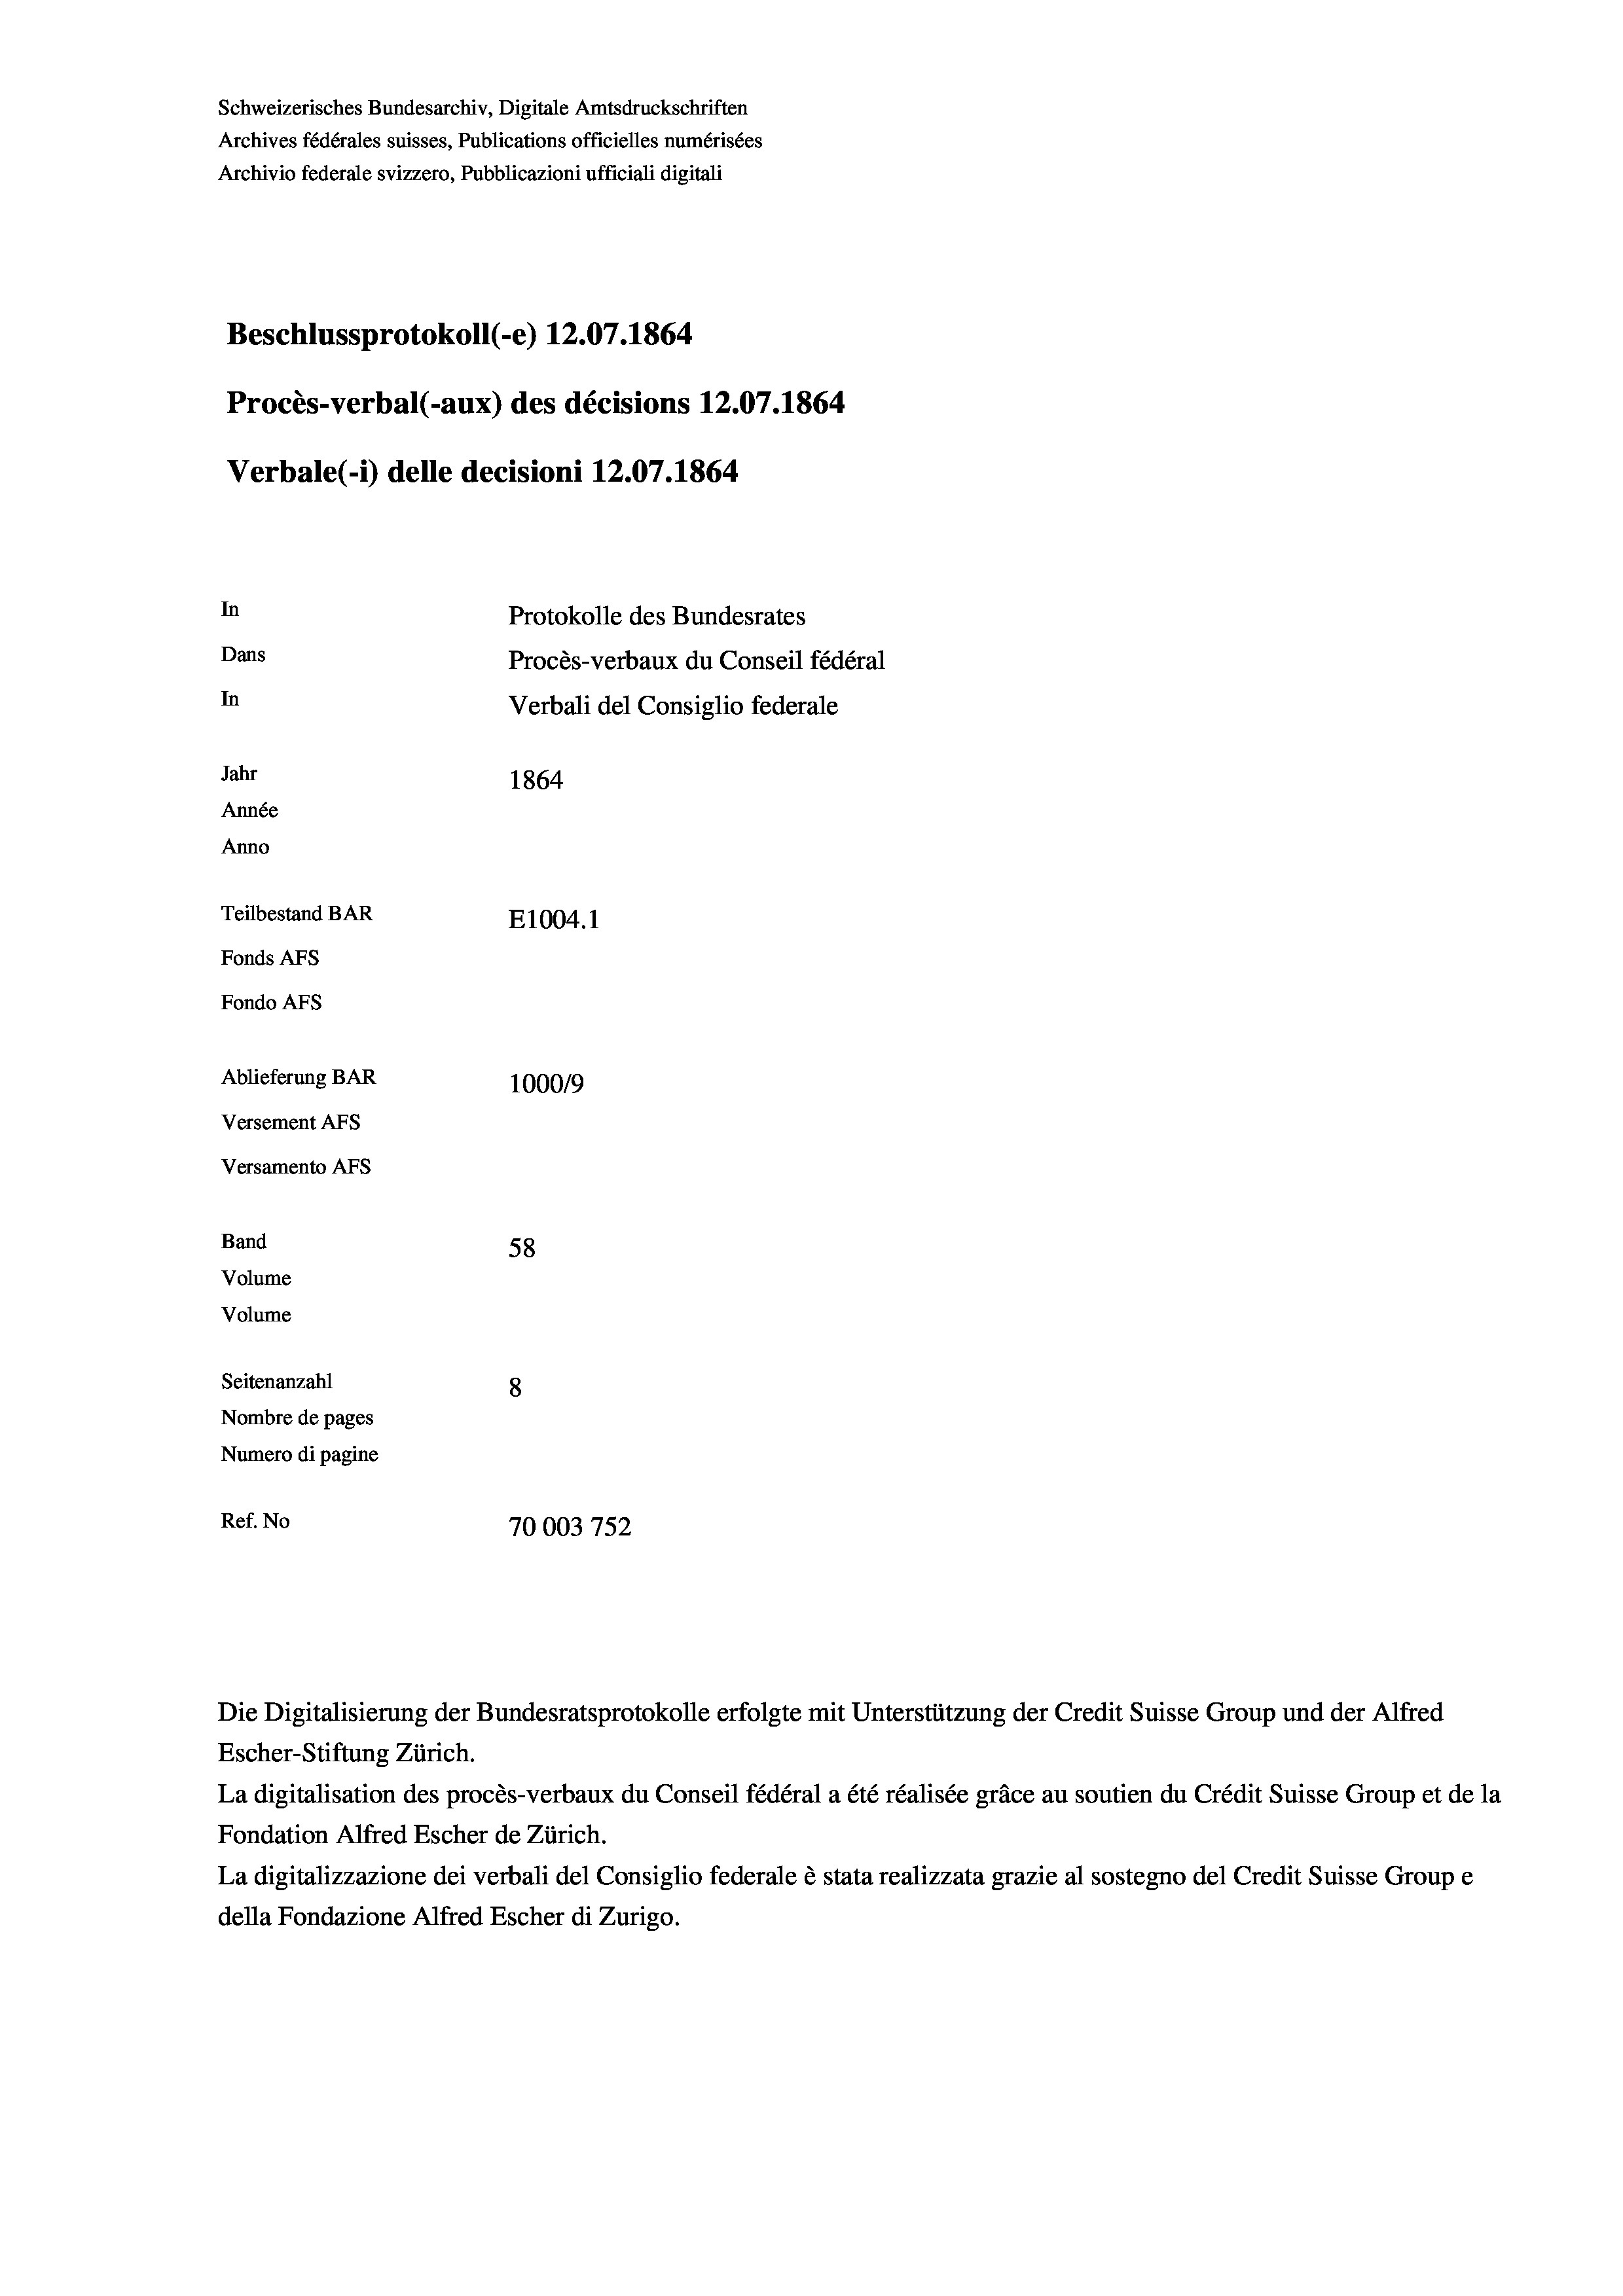
Schweizerisches Bundesarchiv, Digitale Amtsdruckschriften
Archives fédérales suisses, Publications officielles numérisées
Archivio federale svizzero, Pubblicazioni ufficiali digitali
Beschlussprotokoll (-e) 12.07. 1864
Procès-verbal (-aux) des décisions 12.07. 1864
Verbale(-*) delle decisioni 12.07. 1864
In
Protokolle des Bundesrates
Dans
Procès-verbaux du Conseil fédéral
In
Verbali del Consiglio federale
Jahr
1864
Année
Anno
Teilbestand BAR
E1004. 1
Fonds Afs
Fondo AFs
Ablieferung BAR
100019
Versement AFs
Versamento Afs

58
8
Nombre de pages
Numero di pagine
Ref. No
70003 752

Band
Volume
Volume
Seitenanzahl

Escher-Stiftung Zürich.
La digitalisation des procès-verbaux du Conseil fédéral a été réalisée gräce au soutien du Crédit Suisse Group et de la
Fondation Alfred Escher de Zürich.
La digitalizzazione dei verbali del Consiglio federale è stata realizzata grazie al sostegno del Credit Suisse Groupe
della Fondazione Alfred Escher di Zurigo.

Die Digitalisierung der Bundesratsprotokolle erfolgte mit Unterstützung der Credit Suisse Group und der Alfred